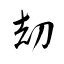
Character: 刧